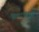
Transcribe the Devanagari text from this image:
विचरणामुळे